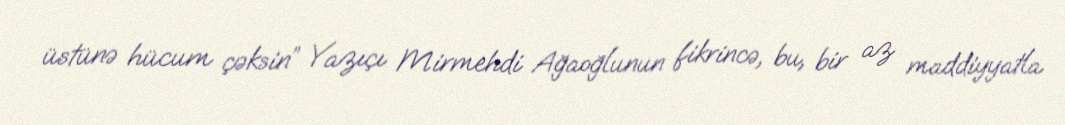
üstünə hücum çəksin” Yazıçı Mirmehdi Ağaoğlunun fikrincə, bu, bir az maddiyyatla